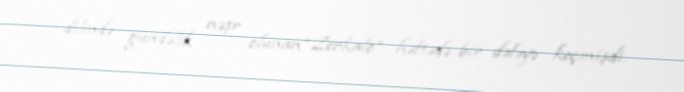
dilində gündəlik nəşr olunan “Zerkalo” həftədə bir dəfəyə keçmişdi.